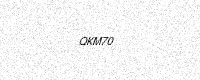
Text: QKM70